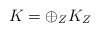
\begin{align*} K=\oplus_Z K_Z\end{align*}